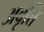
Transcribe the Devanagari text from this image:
अवृत्ति